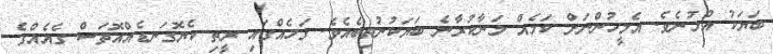
ބަޔަކު އުޅުނެވެ. އެމީހުންނަށް ކަމެއް މަނާކުރާނެ ބަޔަކުނުތިބެއެވެ. ގަހެއްގައި ރީތި ކެޔޮގަނޑެއްއޮތަސް ގެއެއްގެ